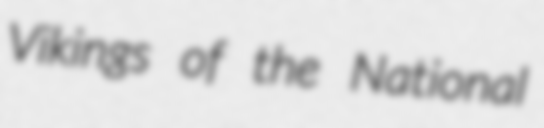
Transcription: Vikings of the National